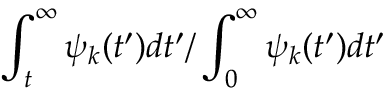
\int _ { t } ^ { \infty } \psi _ { k } ( t ^ { \prime } ) d t ^ { \prime } / \int _ { 0 } ^ { \infty } \psi _ { k } ( t ^ { \prime } ) d t ^ { \prime }